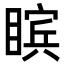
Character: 𪾸